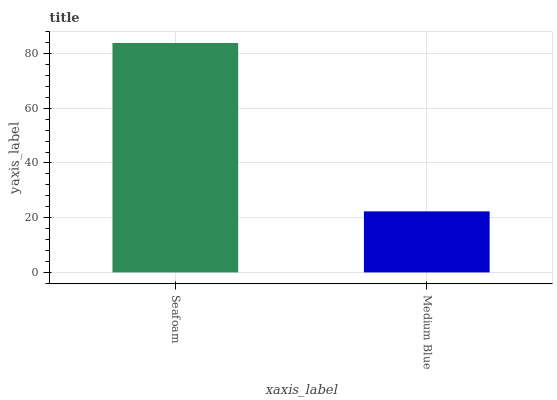
| xaxis_label | bars |
 | --- | --- |
 | Seafoam | 83.9 |
 | Medium Blue | 22.3 |